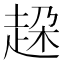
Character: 𧻞